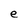
Character: e